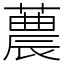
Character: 蕽